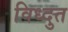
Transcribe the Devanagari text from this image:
विध्दुत